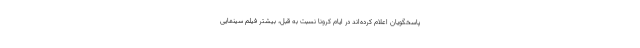
پاسخگویان اعلام کرده‌اند در ایام کرونا نسبت به قبل، بیشتر فیلم سینمایی